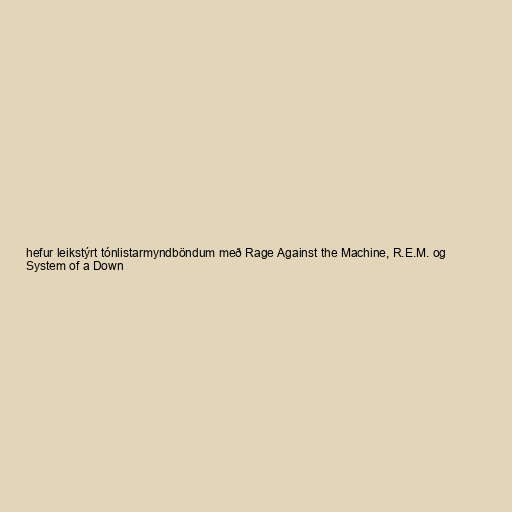
hefur leikstýrt tónlistarmyndböndum með Rage Against the Machine, R.E.M. og
System of a Down